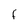
Character: F